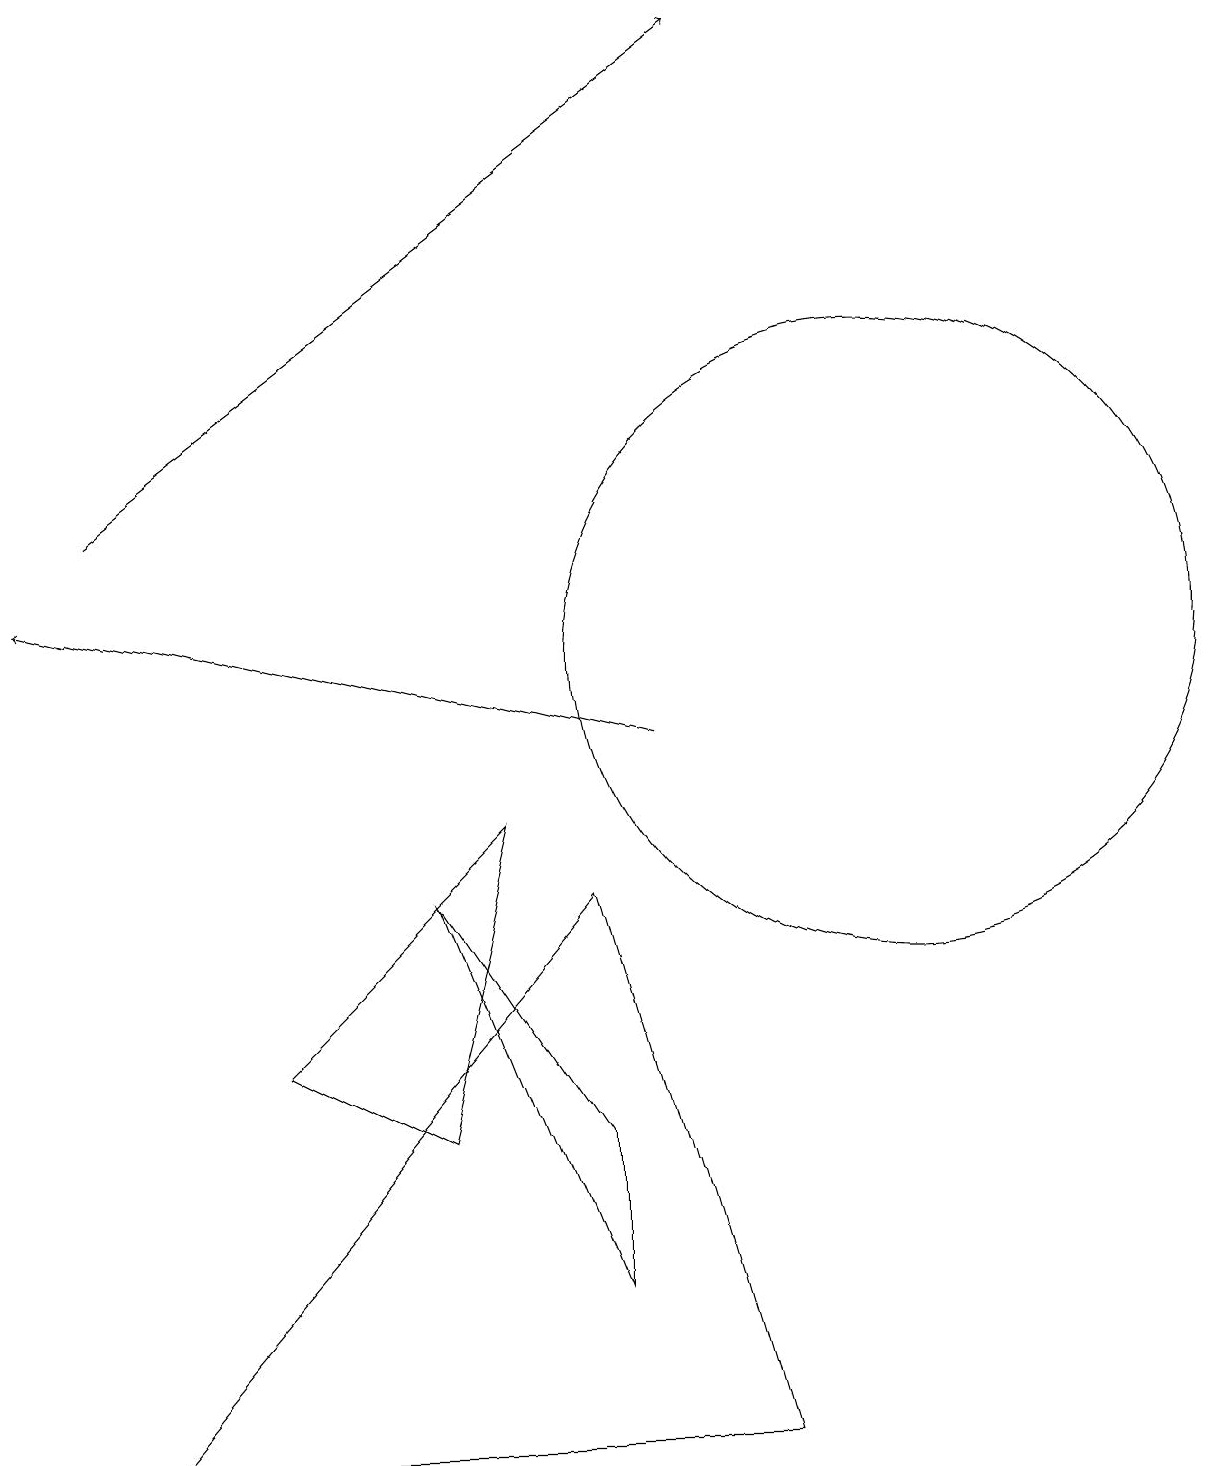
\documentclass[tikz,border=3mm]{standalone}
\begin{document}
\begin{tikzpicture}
\draw (11,11) circle (4);
\draw (9,1) -- (7,8) -- (1,1) -- cycle;
\draw (5,8) -- (7,5) -- (7,3) -- cycle;
\draw[->] (8,10) -- (0,12);
\draw (3,6) -- (6,9) -- (5,5) -- cycle;
\draw[->] (1,13) -- (9,19);
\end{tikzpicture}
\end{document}